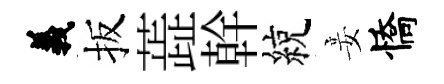
義扳蕋幹綂妾憍